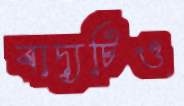
বাদ্যটিও